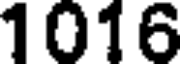
1016